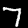
Digit: 7